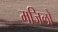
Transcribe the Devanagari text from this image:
मजिलों